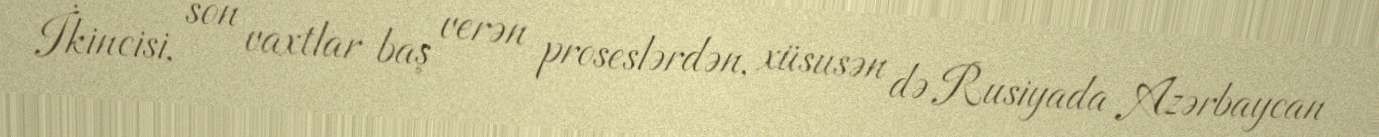
İkincisi, son vaxtlar baş verən proseslərdən, xüsusən də Rusiyada Azərbaycan